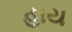
હાય